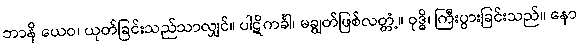
ဘာနိ ယေဝ၊ ယုတ်ခြင်းသည်သာလျှင်။ ပါဋိကင်္ခါ၊ မချွတ်ဖြစ်လတ္တံ့။ ဝုဒ္ဓိ၊ ကြီးပွားခြင်းသည်။ နော